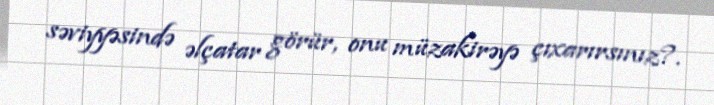
səviyyəsində əlçatar görür, onu müzakirəyə çıxarırsınız?.